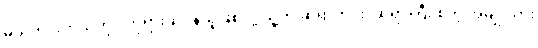
မယ်ကင်းကိုယ်တိုင် ဘုရားဆုပန်သူဖြစ်လို့ သူ့ကို ဆရာကင်း၊ ဆရာကြီး စတဲ့ အမျိုးသား